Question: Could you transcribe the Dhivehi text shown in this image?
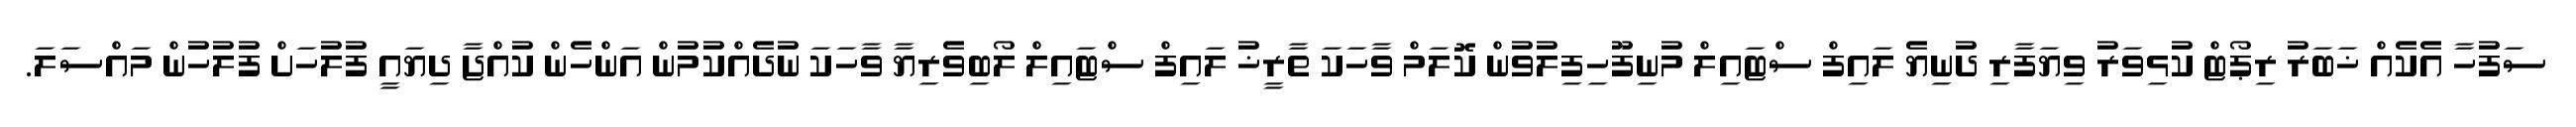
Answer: ސަފުހާ އެކެއް ޚަބަރު ރިޕޯޓް ކުޅިވަރު ވިޔަފާރި ދުނިޔެ ލައިފް ސްޓައިލް މުނިފޫހިފިލުވުން ކޮލަމް ވާހަކަ ތާރީޚު ލައިފް ސްޓައިލް ލޯބިވެރިޔާ ވާހަކަ ނުދެއްކުމުން އަންހެން ކުއްޖާ ދިޔައީ ފުލުހަށް ފުލުހުން މައްސަލަ.